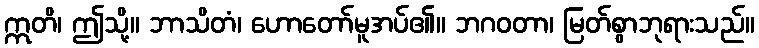
ဣတိ၊ ဤသို့။ ဘာသိတံ၊ ဟောတော်မူအပ်၏။ ဘဂဝတာ၊ မြတ်စွာဘုရားသည်။